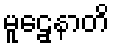
မူဠှေနာတိ